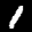
Label: 1